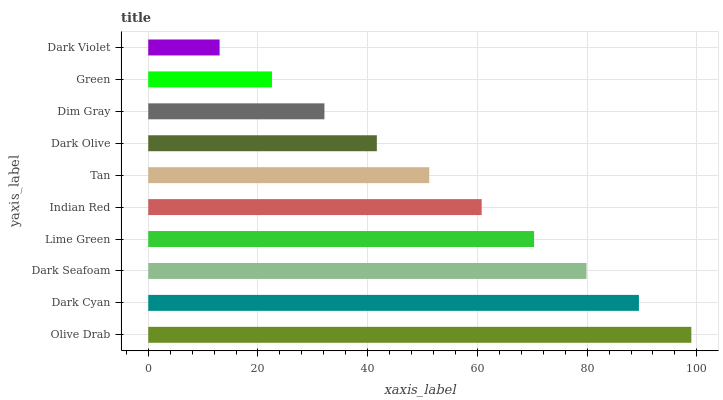
| yaxis_label | bars |
 | --- | --- |
 | Olive Drab | 99 |
 | Dark Cyan | 89.4 |
 | Dark Seafoam | 79.9 |
 | Lime Green | 70.3 |
 | Indian Red | 60.8 |
 | Tan | 51.2 |
 | Dark Olive | 41.7 |
 | Dim Gray | 32.1 |
 | Green | 22.6 |
 | Dark Violet | 13 |